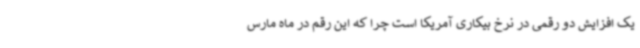
یک افزایش دو رقمی در نرخ بیکاری آمریکا است چرا که این رقم در ماه مارس